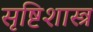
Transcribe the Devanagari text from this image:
सृष्टिशास्त्र